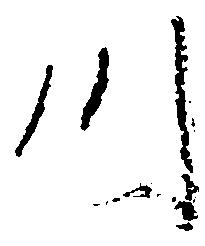
川